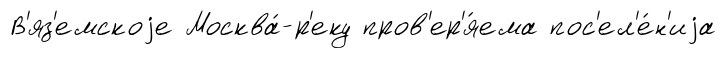
В'яз'емскоjе Москва́-р'еку пров'ер'я́ема пос'ел'е́н'иjа